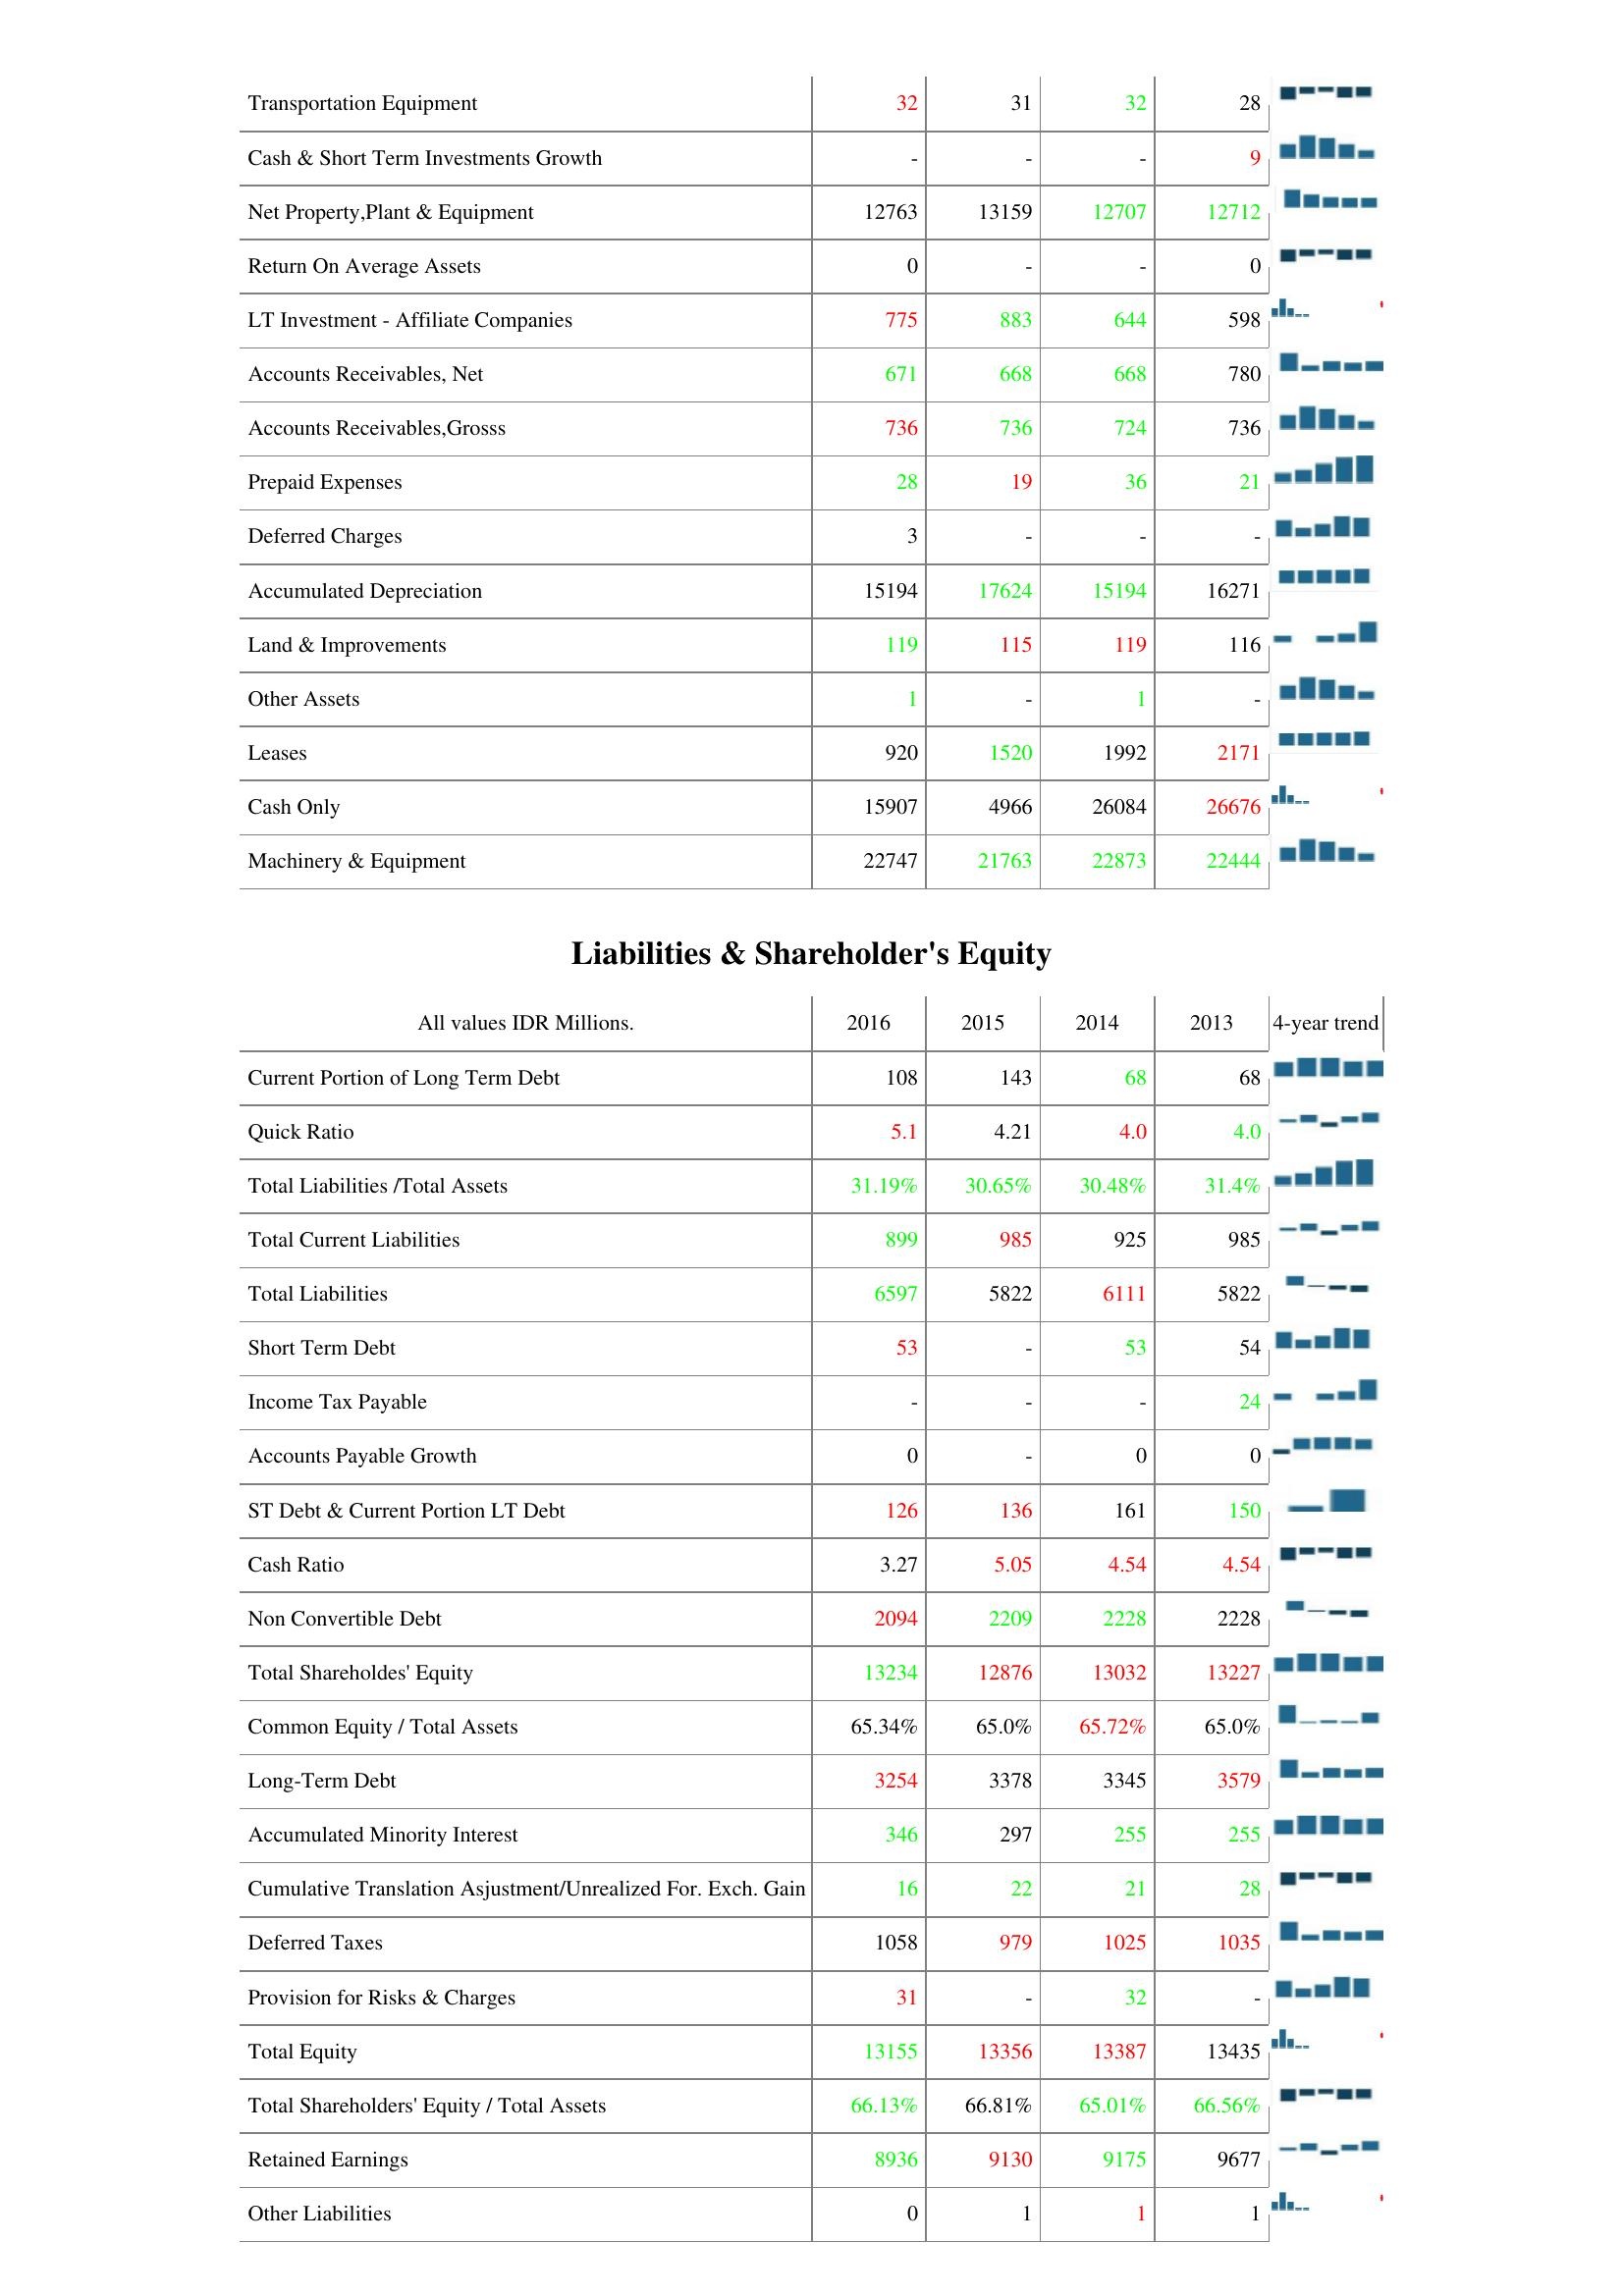
2016: Assets: Transportation Equipment: 32
Cash & Short Term Investments Growth: -
Net Property,Plant & Equipment: 12763
Return On Average Assets: 0
LT Investment - Affiliate Companies: 775
Accounts Receivables, Net: 671
Accounts Receivables,Grosss: 736
Prepaid Expenses: 28
Deferred Charges: 3
Accumulated Depreciation: 15194
Land & Improvements: 119
Other Assets: 1
Leases: 920
Cash Only: 15907
Machinery & Equipment: 22747
Liabilities & Shareholder's Equity: Current Portion of Long Term Debt: 108
Quick Ratio: 5.1
Total Liabilities /Total Assets: 31.19%
Total Current Liabilities: 899
Total Liabilities: 6597
Short Term Debt: 53
Income Tax Payable: -
Accounts Payable Growth: 0
ST Debt & Current Portion LT Debt: 126
Cash Ratio: 3.27
Non Convertible Debt: 2094
Total Shareholdes' Equity: 13234
Common Equity / Total Assets: 65.34%
Long-Term Debt: 3254
Accumulated Minority Interest: 346
Cumulative Translation Asjustment/Unrealized For. Exch. Gain: 16
Deferred Taxes: 1058
Provision for Risks & Charges: 31
Total Equity: 13155
Total Shareholders' Equity / Total Assets: 66.13%
Retained Earnings: 8936
Other Liabilities: 0
2015: Assets: Transportation Equipment: 31
Cash & Short Term Investments Growth: -
Net Property,Plant & Equipment: 13159
Return On Average Assets: -
LT Investment - Affiliate Companies: 883
Accounts Receivables, Net: 668
Accounts Receivables,Grosss: 736
Prepaid Expenses: 19
Deferred Charges: -
Accumulated Depreciation: 17624
Land & Improvements: 115
Other Assets: -
Leases: 1520
Cash Only: 4966
Machinery & Equipment: 21763
Liabilities & Shareholder's Equity: Current Portion of Long Term Debt: 143
Quick Ratio: 4.21
Total Liabilities /Total Assets: 30.65%
Total Current Liabilities: 985
Total Liabilities: 5822
Short Term Debt: -
Income Tax Payable: -
Accounts Payable Growth: -
ST Debt & Current Portion LT Debt: 136
Cash Ratio: 5.05
Non Convertible Debt: 2209
Total Shareholdes' Equity: 12876
Common Equity / Total Assets: 65.0%
Long-Term Debt: 3378
Accumulated Minority Interest: 297
Cumulative Translation Asjustment/Unrealized For. Exch. Gain: 22
Deferred Taxes: 979
Provision for Risks & Charges: -
Total Equity: 13356
Total Shareholders' Equity / Total Assets: 66.81%
Retained Earnings: 9130
Other Liabilities: 1
2014: Assets: Transportation Equipment: 32
Cash & Short Term Investments Growth: -
Net Property,Plant & Equipment: 12707
Return On Average Assets: -
LT Investment - Affiliate Companies: 644
Accounts Receivables, Net: 668
Accounts Receivables,Grosss: 724
Prepaid Expenses: 36
Deferred Charges: -
Accumulated Depreciation: 15194
Land & Improvements: 119
Other Assets: 1
Leases: 1992
Cash Only: 26084
Machinery & Equipment: 22873
Liabilities & Shareholder's Equity: Current Portion of Long Term Debt: 68
Quick Ratio: 4.0
Total Liabilities /Total Assets: 30.48%
Total Current Liabilities: 925
Total Liabilities: 6111
Short Term Debt: 53
Income Tax Payable: -
Accounts Payable Growth: 0
ST Debt & Current Portion LT Debt: 161
Cash Ratio: 4.54
Non Convertible Debt: 2228
Total Shareholdes' Equity: 13032
Common Equity / Total Assets: 65.72%
Long-Term Debt: 3345
Accumulated Minority Interest: 255
Cumulative Translation Asjustment/Unrealized For. Exch. Gain: 21
Deferred Taxes: 1025
Provision for Risks & Charges: 32
Total Equity: 13387
Total Shareholders' Equity / Total Assets: 65.01%
Retained Earnings: 9175
Other Liabilities: 1
2013: Assets: Transportation Equipment: 28
Cash & Short Term Investments Growth: 9
Net Property,Plant & Equipment: 12712
Return On Average Assets: 0
LT Investment - Affiliate Companies: 598
Accounts Receivables, Net: 780
Accounts Receivables,Grosss: 736
Prepaid Expenses: 21
Deferred Charges: -
Accumulated Depreciation: 16271
Land & Improvements: 116
Other Assets: -
Leases: 2171
Cash Only: 26676
Machinery & Equipment: 22444
Liabilities & Shareholder's Equity: Current Portion of Long Term Debt: 68
Quick Ratio: 4.0
Total Liabilities /Total Assets: 31.4%
Total Current Liabilities: 985
Total Liabilities: 5822
Short Term Debt: 54
Income Tax Payable: 24
Accounts Payable Growth: 0
ST Debt & Current Portion LT Debt: 150
Cash Ratio: 4.54
Non Convertible Debt: 2228
Total Shareholdes' Equity: 13227
Common Equity / Total Assets: 65.0%
Long-Term Debt: 3579
Accumulated Minority Interest: 255
Cumulative Translation Asjustment/Unrealized For. Exch. Gain: 28
Deferred Taxes: 1035
Provision for Risks & Charges: -
Total Equity: 13435
Total Shareholders' Equity / Total Assets: 66.56%
Retained Earnings: 9677
Other Liabilities: 1